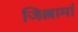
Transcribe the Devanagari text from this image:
जिल्लामां